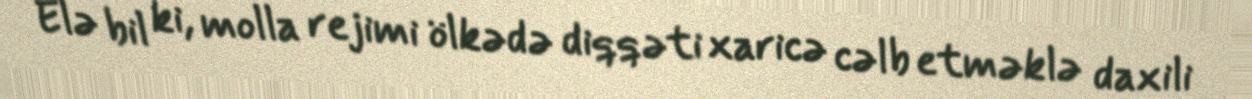
Elə bil ki, molla rejimi ölkədə diqqəti xaricə cəlb etməklə daxili